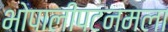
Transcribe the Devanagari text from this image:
भोपालीपटनमला